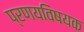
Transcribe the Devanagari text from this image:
प्रणयविषयक